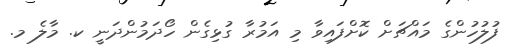
ފުލުހުންގެ މައްޗަށް ކޮށްފައިވާ މި އަމުރާ ގުޅިގެން ހޯދަމުންދަނީ ކ. މާލެ މ.